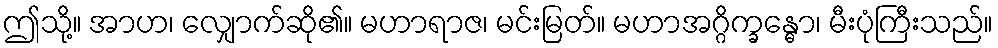
ဤသို့။ အာဟ၊ လျှောက်ဆို၏။ မဟာရာဇ၊ မင်းမြတ်။ မဟာအဂ္ဂိက္ခန္ဓော၊ မီးပုံကြီးသည်။